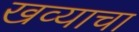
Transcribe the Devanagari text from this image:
खव्याचा